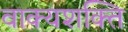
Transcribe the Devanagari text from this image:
वाक्यशक्ति